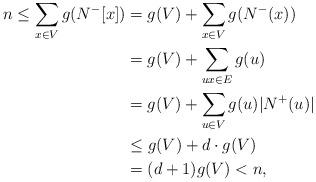
LaTeX: \begin{align*}n\le \sum_{x\in V}g(N^-[x]) &= g(V) + \sum_{x\in V}g(N^-(x))\\& = g(V) + \sum_{ux\in E}g(u)\\& = g(V)+ \sum_{u\in V}g(u)|N^+(u)| \\&\leq g(V) + d\cdot g(V)\\& = (d+1)g(V) < n,\end{align*}